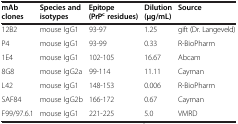
| mAb clones | Species and isotypes | Epitope (PrPc residues) | Dilution (μg/mL) | Source |
 | --- | --- | --- | --- | --- |
 | 12B2 | mouse IgG1 | 93-97 | 1.25 | gift (Dr. Langeveld) |
 | P4 | mouse IgG1 | 93-99 | 0.33 | R-BioPharm |
 | 1E4 | mouse IgG1 | 102-105 | 16.67 | Abcam |
 | 8G8 | mouse IgG2a | 99-114 | 11.11 | Cayman |
 | L42 | mouse IgG1 | 148-153 | 0.006 | R-BioPharm |
 | SAF84 | mouse IgG2b | 166-172 | 0.67 | Cayman |
 | F99/97.6.1 | mouse IgG1 | 221-225 | 5.0 | VMRD |